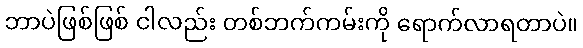
ဘာပဲဖြစ်ဖြစ် ငါလည်း တစ်ဘက်ကမ်းကို ရောက်လာရတာပဲ။